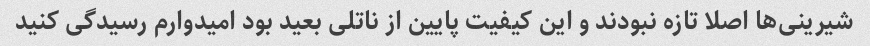
شیرینی‌ها اصلا تازه نبودند و این کیفیت پایین از ناتلی بعید بود امیدوارم رسیدگى کنید